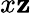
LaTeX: x\mathbf{z}